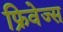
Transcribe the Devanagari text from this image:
फ्रिवेज्स